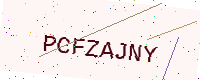
Text: PCFZAJNY